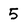
Character: 5